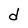
Character: d